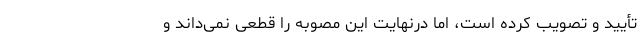
تأیید و تصویب کرده است، اما درنهایت این مصوبه را قطعی نمی‌داند و